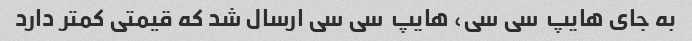
به جای هایپ  سی سی، هایپ  سی سی ارسال شد که قیمتی کمتر دارد